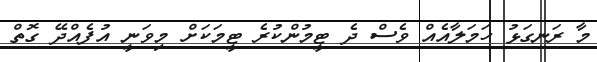
މާ ރަނގަޅު ހަމަލާއެއް ވެސް ދެ ޓީމުންކުރެ ޓީމަކަށް މިވަނީ އުފެއްދޭ ގޮތް